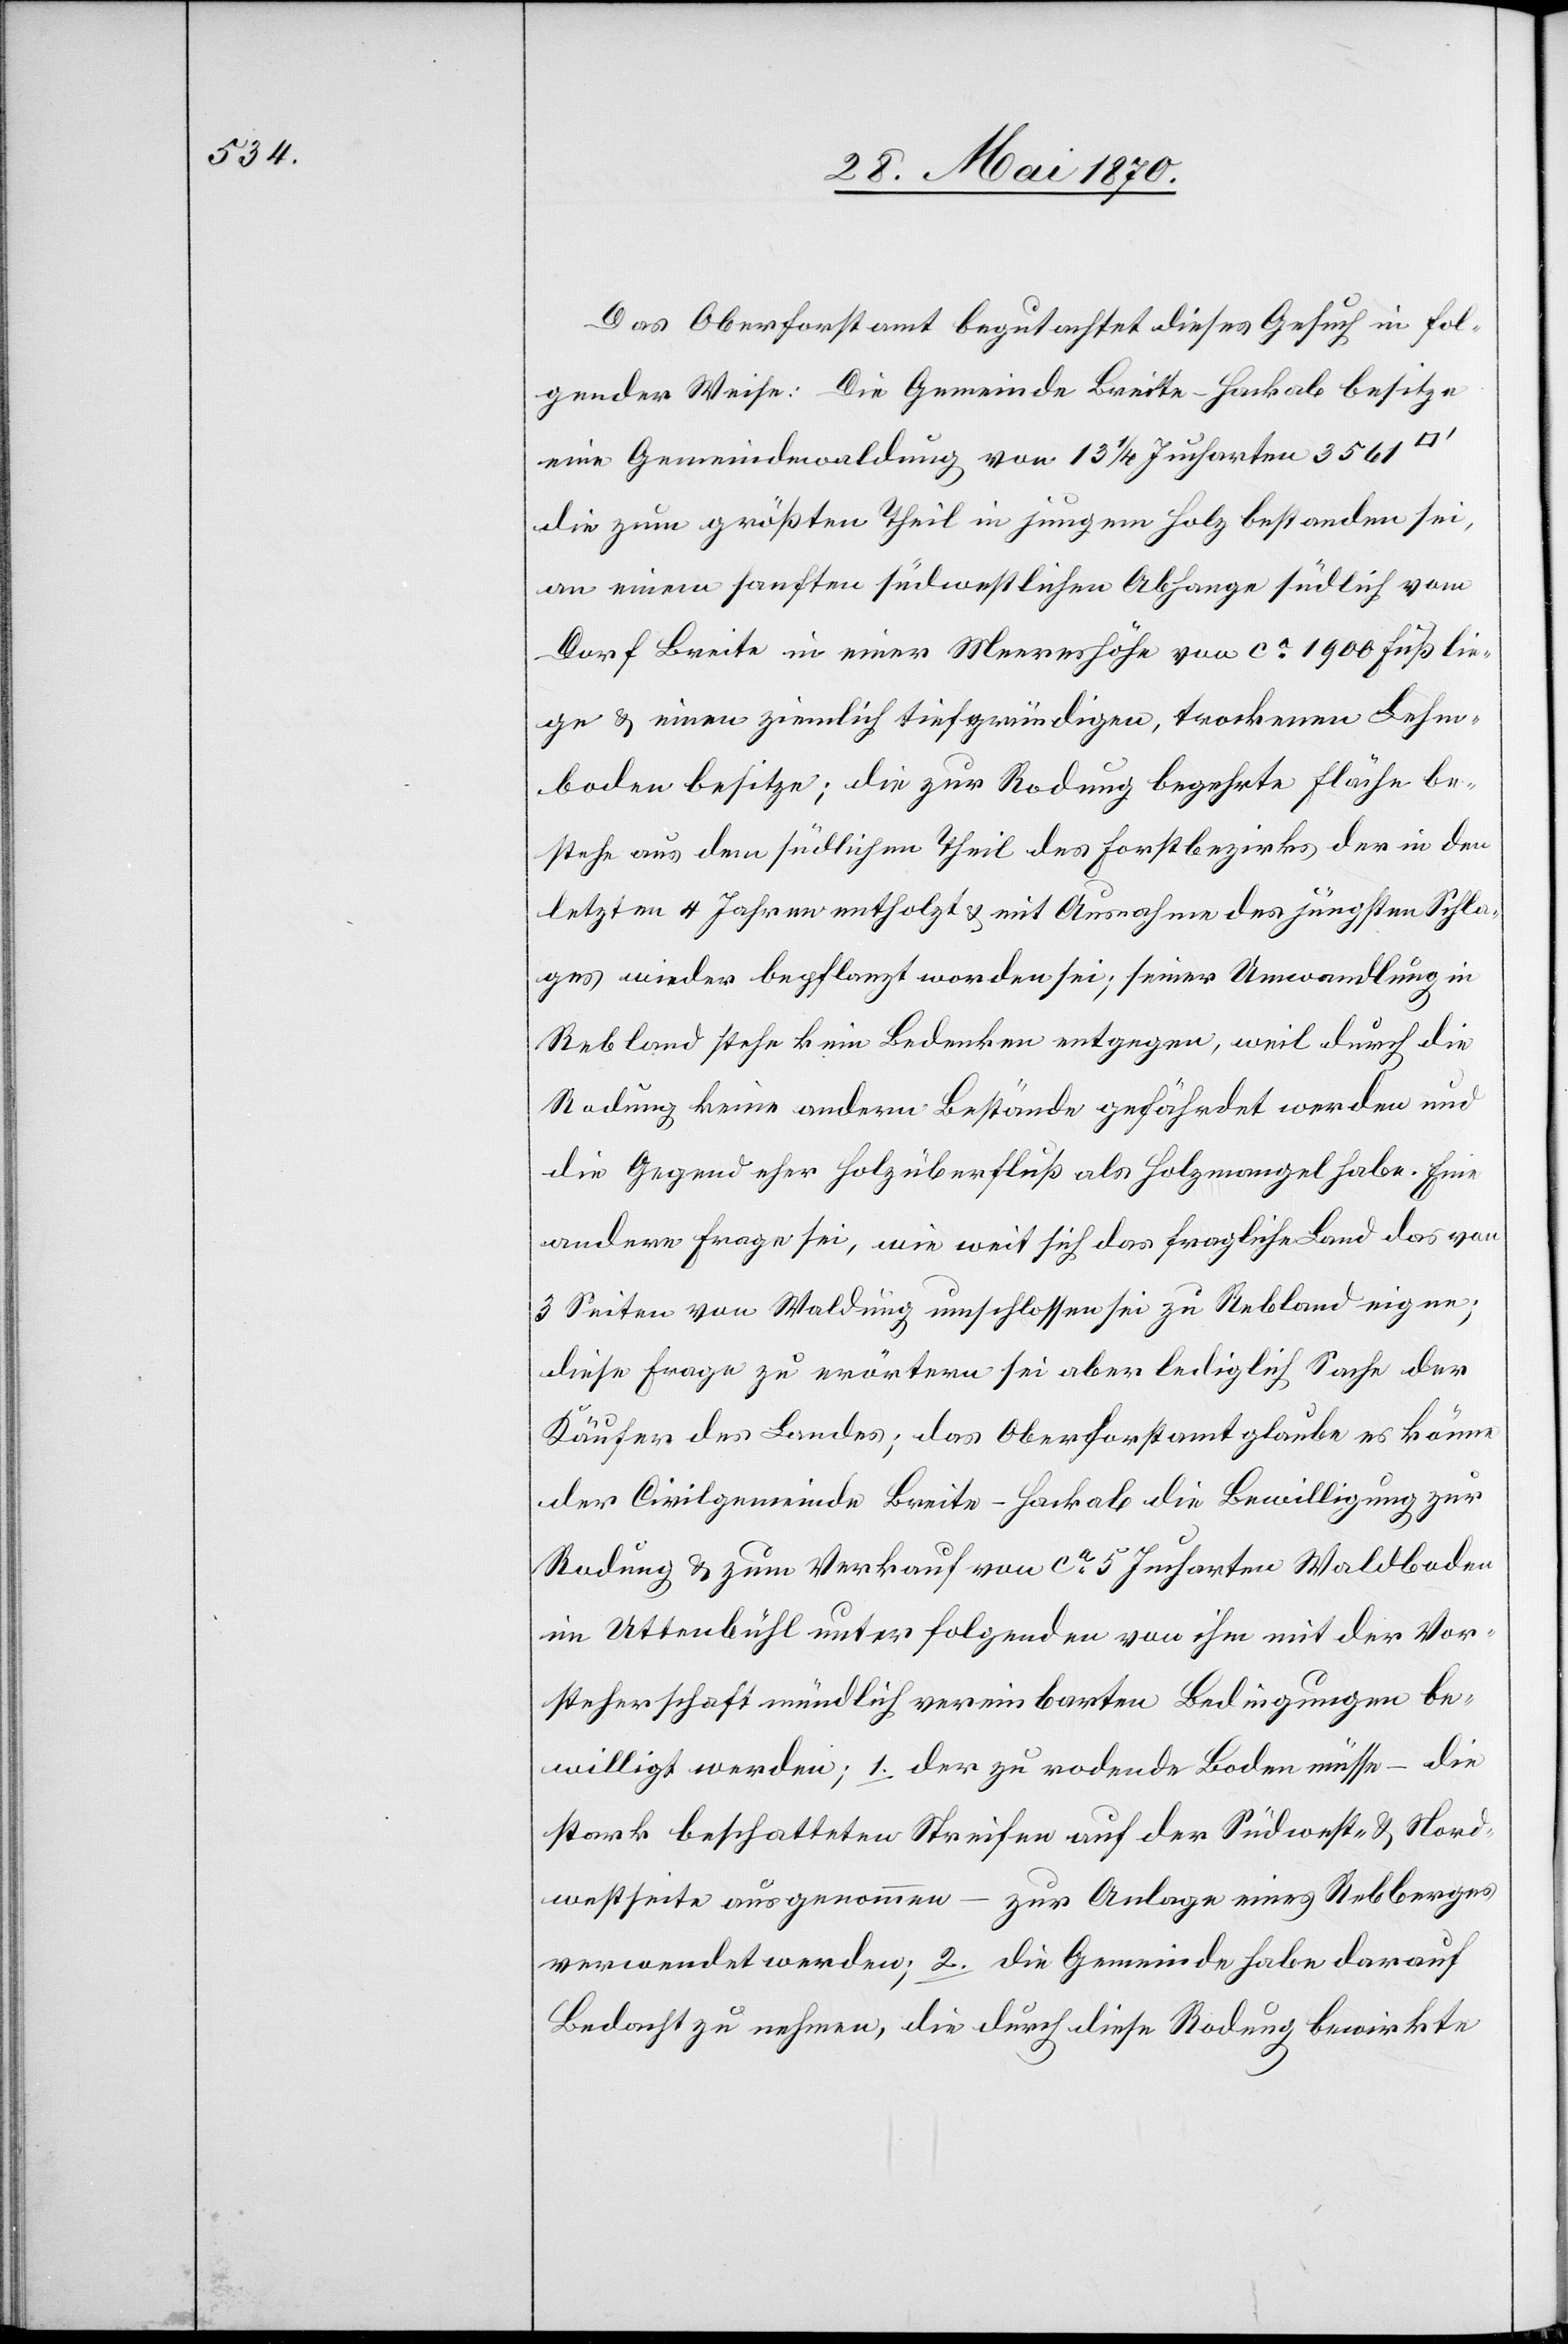
Das Oberforstamt begutachtet dieses Gesuch in fol¬
gender Weise: Die Gemeinde Breite-Hackab besitze
eine Gemeindewaldung von 13 1/4 Jucharten 3561
die zum größten Theil in jungem Holz bestanden sei,
an einem sanften südwestlichen Abhange südlich vom
Dorf Breite in einer Meereshöhe von ca 1900 Fuß lie¬
ge & einen ziemlich tiefgründigen, trockenen Lehm¬
boden besitze; die zur Rodung begehrte Fläche be¬
stehe aus dem südlichen Theil des Forstbezirks der in den
letzten 4 Jahren entholzt & mit Ausnahme des jüngsten Schla¬
ges wieder bepflanzt worden sei; seiner Umwandlung in
Rebland stehe kein Bedenken entgegen, weil durch die
Rodung keine andern Bestände gefährdet werden und
die Gegend eher Holzüberfluß als Holzmangel habe. Eine
andere Frage sei, wie weit sich das fragliche Land[,] das von
3 Seiten von Waldung umschlossen sei[,] zu Rebland eigne;
diese Frage zu erörtern sei aber lediglich Sache der
Käufer des Landes; das Oberforstamt glaube es könne
der Civilgemeinde Breite-Hackab die Bewilligung zur
Rodung & zum Verkauf von ca 5 Jucharten Waldboden
im Uttenbühl unter folgenden von ihm mit der Vor¬
steherschaft mündlich vereinbarten Bedingungen be¬
willigt werden; 1. der zu rodende Boden müsse – die
stark beschatteten Streifen auf der Südwest- & Nord¬
westseite ausgenommen – zur Anlage eines Rebberges
verwendet werden; 2. die Gemeinde habe darauf
Bedacht zu nehmen, die durch diese Rodung bewirkte